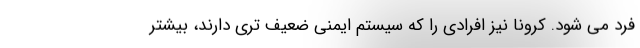
فرد می شود. کرونا نیز افرادی را که سیستم ایمنی ضعیف تری دارند، بیشتر